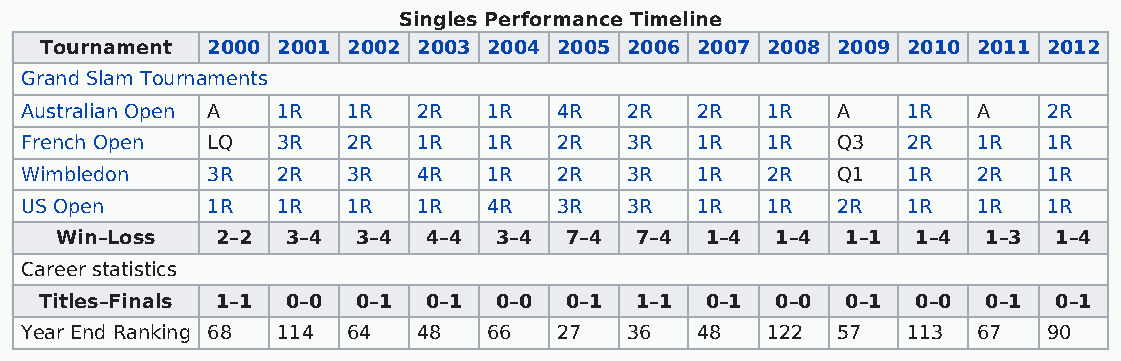
Singles Performance Timeline
 Tournament 2000 2001 2002 2003 2004 2005 2006 2007 2008 2009 2010 2011 2012
 Grand Slam Tournaments
 Australian Open A 1R  1R   2R  1R   4R   2R  2R   1R  A    1R   A   2R
 French Open  LQ  3R   2R   1R  1R   2R   3R  1R   1R  Q3   2R   1R  1R
 Wimbledon    3R  2R   3R   4R  1R   2R   3R  1R   2R  Q1   1R   2R  1R
 US Open      1R  1R   1R   1R  4R   3R   3R  1R   1R  2R   1R   1R  1R
 Win–Loss  2–2  3–4  3–4 4–4  3–4 7–4  7–4  1–4 1–4  1–1  1–4 1–3  1–4
 Career statistics
 Titles–Finals 1–1 0–0 0–1 0–1 0–0 0–1  1–1  0–1 0–0  0–1  0–0 0–1  0–1
 Year End Ranking 68 114 64 48  66   27   36  48   122 57   113  67  90